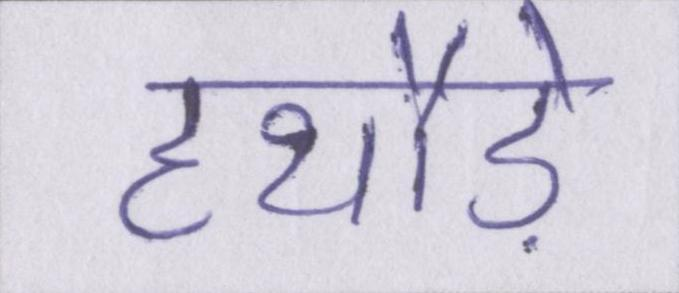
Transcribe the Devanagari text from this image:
हथौड़े